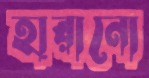
হারানো